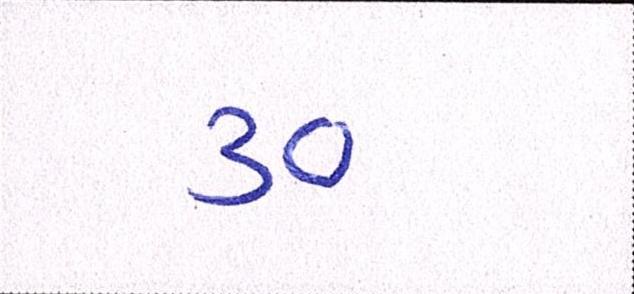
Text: ૩૦